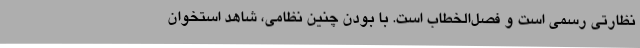
نظارتی رسمی است و فصل‌الخطاب است. با بودن چنین نظامی، شاهد استخوان